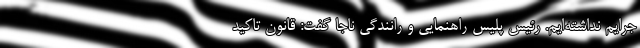
جرایم نداشته‌ایم. رئیس پلیس راهنمایی و رانندگی ناجا گفت: قانون تاکید